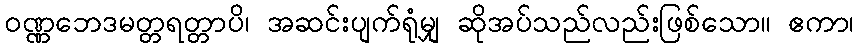
ဝဏ္ဏဘေဒမတ္တရတ္တာပိ၊ အဆင်းပျက်ရုံမျှ ဆိုအပ်သည်လည်းဖြစ်သော။ ဧကာ၊